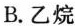
B.乙烷